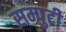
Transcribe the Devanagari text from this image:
सम्पुटी